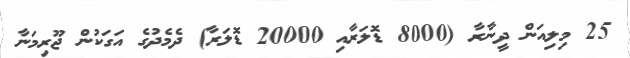
25 މިލިއަން ދީނާރާ (8000 ޑޮލަރާއި 20000 ޑޮލަރާ) ދެމެދުގެ އަގަކުން ޖޫރިމަނާ